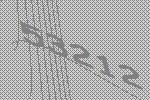
53212